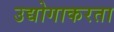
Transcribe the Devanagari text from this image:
उद्योगाकरता